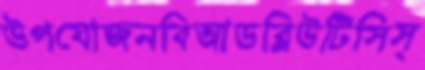
উপযোজনবিআডব্লিউটিসিস্